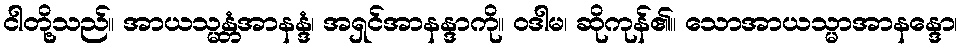
ငါတို့သည်။ အာယသ္မန္တံအာနန္ဒံ၊ အရှင်အာနန္ဒာကို။ ဝဒါမ၊ ဆိုကုန်၏။ သောအာယသ္မာအာနန္ဒော၊